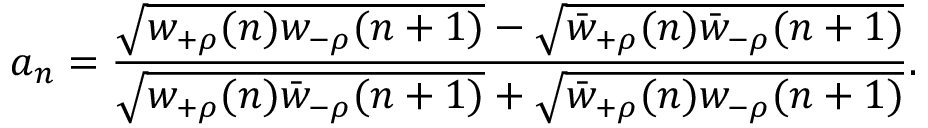
a _ { n } = \frac { \sqrt { w _ { + \rho } ( n ) w _ { - \rho } ( n + 1 ) } - \sqrt { \bar { w } _ { + \rho } ( n ) \bar { w } _ { - \rho } ( n + 1 ) } } { \sqrt { w _ { + \rho } ( n ) \bar { w } _ { - \rho } ( n + 1 ) } + \sqrt { \bar { w } _ { + \rho } ( n ) w _ { - \rho } ( n + 1 ) } } .